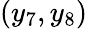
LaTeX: (y_{7},y_{8})